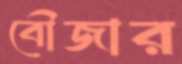
বৌজার